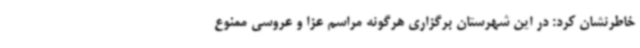
خاطرنشان کرد: در این شهرستان برگزاری هرگونه مراسم عزا و عروسی ممنوع